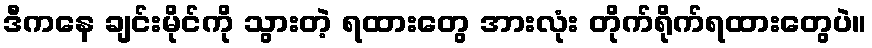
ဒီကနေ ချင်းမိုင်ကို သွားတဲ့ ရထားတွေ အားလုံး တိုက်ရိုက်ရထားတွေပဲ။